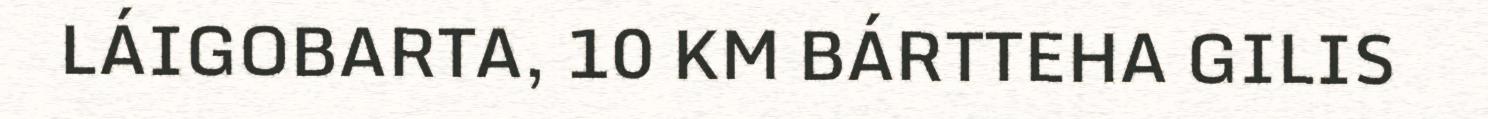
LÁIGOBARTA, 10 KM BÁRTTEHA GILIS